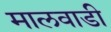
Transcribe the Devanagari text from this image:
मालवाडी